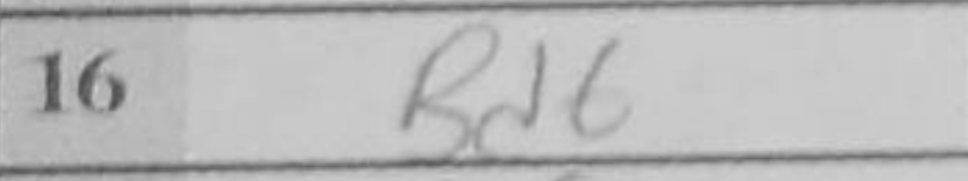
Transcription: Bd6